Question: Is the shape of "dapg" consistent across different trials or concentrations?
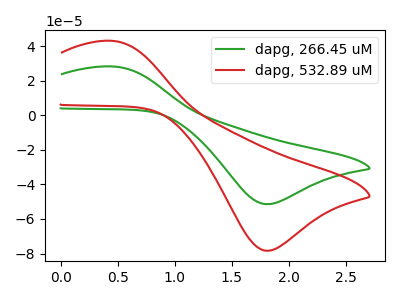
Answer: <think>The green curve "dapg, 266.45 uM" has an anodic peak at (0.45V, 28.25uA) and a cathodic peak at (1.85V, -51.45uA). The red curve "dapg, 532.89 uM" has an anodic peak at (0.45V, 43.05uA) and a cathodic peak at (1.85V, -78.35uA).
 All the peaks in "dapg, 266.45 uM" have a peak in "dapg, 532.89 uM" at the same potential. Every peak in "dapg, 266.45 uM" is lower than every peak in "dapg, 532.89 uM".</think>
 <answer>All the CV's of "dapg" have similar shape.</answer>
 <eval>follow_rule</eval>